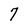
Character: 7